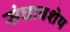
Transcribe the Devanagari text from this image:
संघावशेष